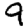
Digit: 9